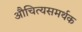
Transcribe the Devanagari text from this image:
औचित्यसमर्थक